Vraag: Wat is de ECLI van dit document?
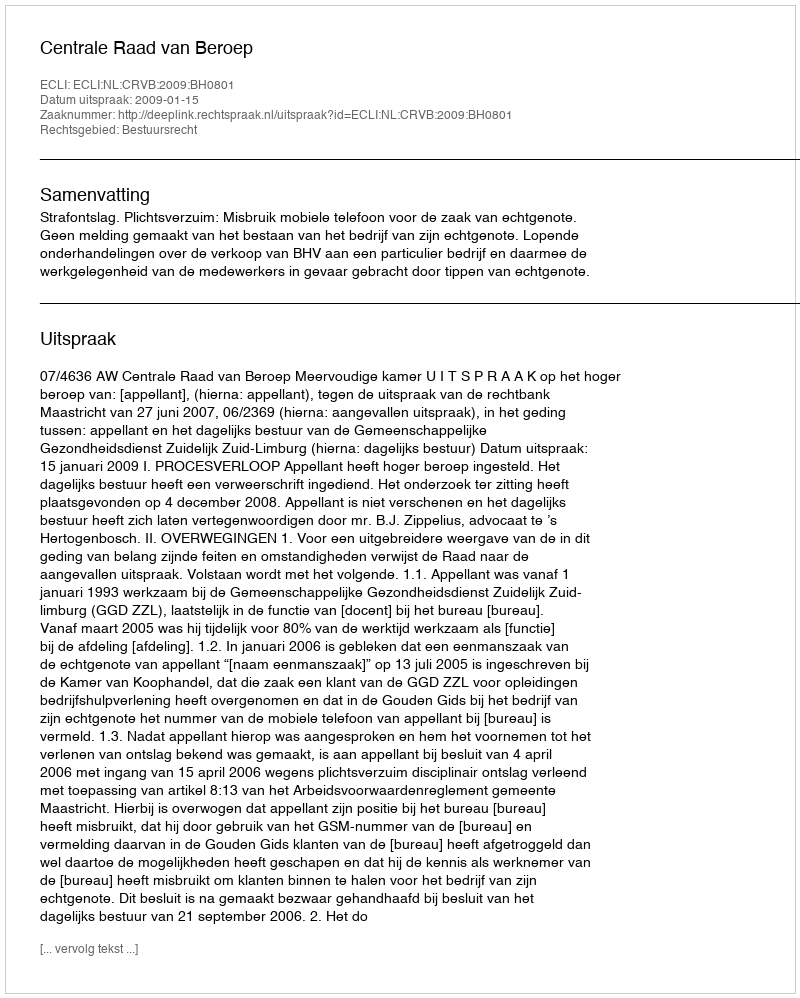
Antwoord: ECLI:NL:CRVB:2009:BH0801